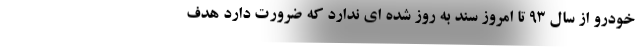
خودرو از سال ۹۳ تا امروز سند به روز شده ای ندارد که ضرورت دارد هدف